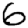
Digit: 6